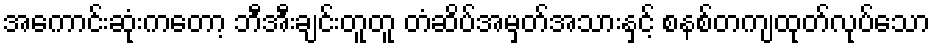
အကောင်းဆုံးကတော့ ဘီအီးချင်းတူတူ တံဆိပ်အမှတ်အသားနှင့် စနစ်တကျထုတ်လုပ်သော